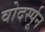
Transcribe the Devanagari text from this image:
वोदर्स्पून